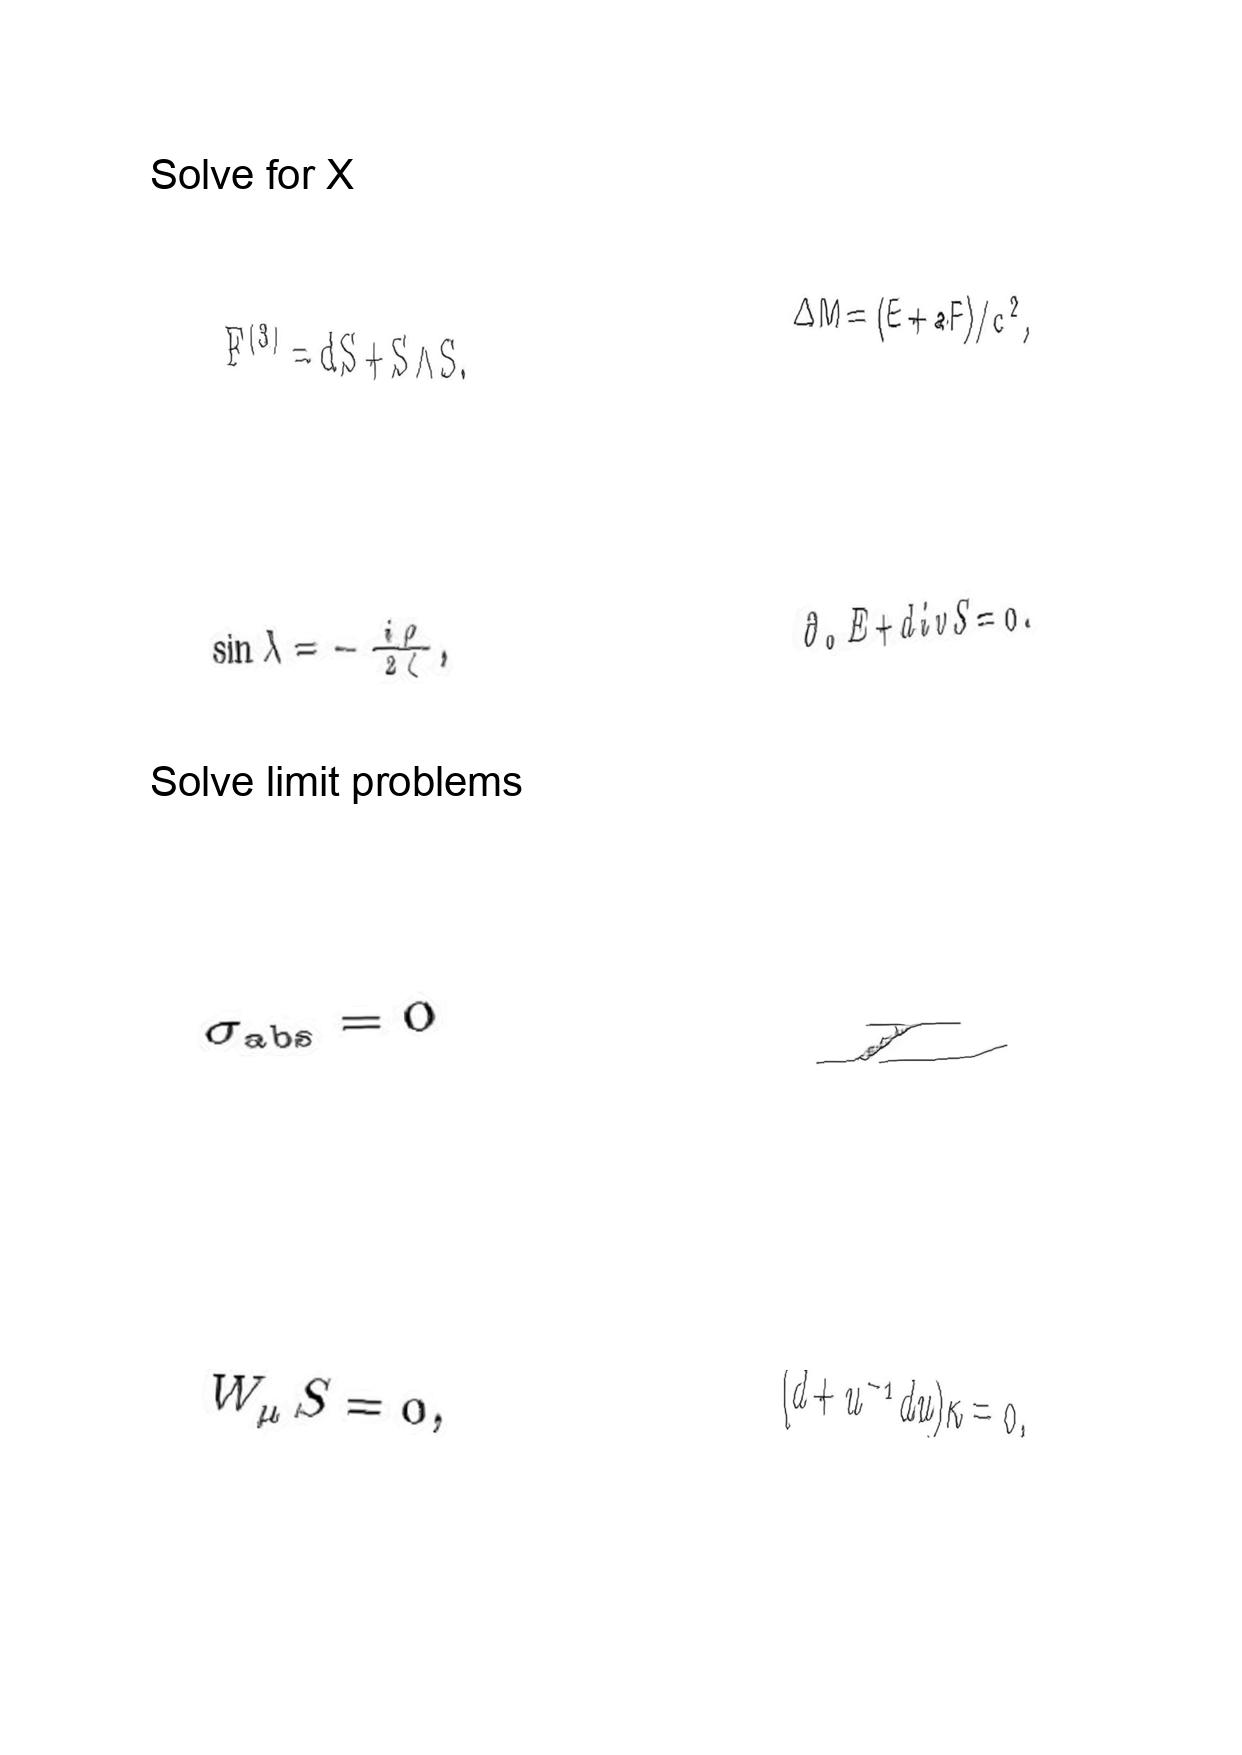
LaTeX transcription:
F ^ { \lparen 3 \rparen } = d S + S \wedge S ,
\sin \lambda = - \frac { i \rho } { 2 \zeta } ,
\sigma _ { \mathrm { a b s } } = 0
W _ { \mu } S = 0 ,
\Delta M = \lparen E + a F \rparen / c ^ { 2 } ,
\partial _ { 0 } E + d i v S = 0 .
L
\lparen d + u ^ { - 1 } d u \rparen \kappa = 0 ,